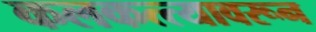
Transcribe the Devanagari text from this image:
कलकत्त्यावरून